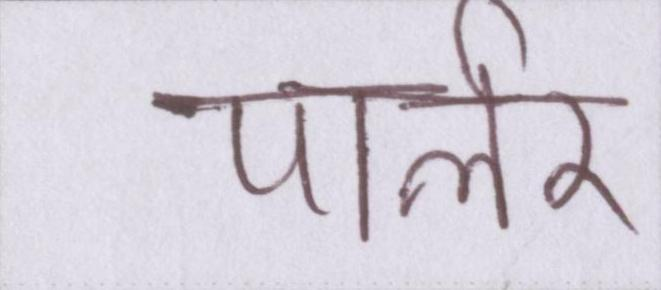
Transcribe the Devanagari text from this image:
पार्लर